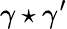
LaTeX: \gamma\star\gamma^{\prime}